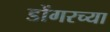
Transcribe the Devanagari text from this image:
डोंगरच्या